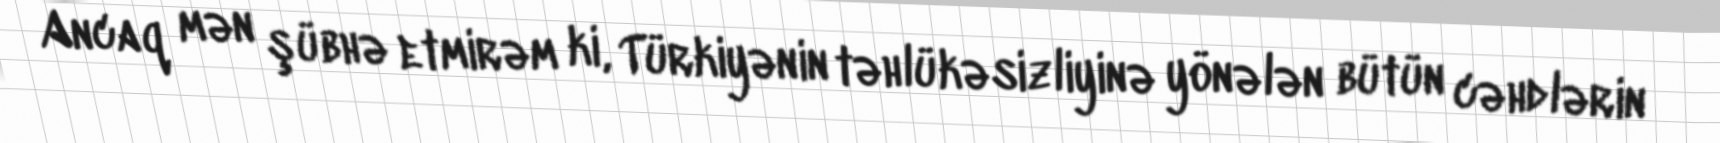
Ancaq mən şübhə etmirəm ki, Türkiyənin təhlükəsizliyinə yönələn bütün cəhdlərin